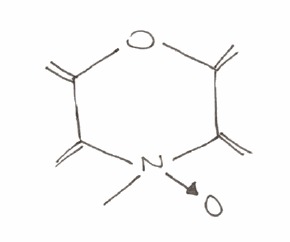
Simplified molecular-input line-entry system (SMILES) notation of the given molecule:
C[N+]1(C(=C)C(=C)OC(=C)C1=C)[O-]